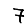
Digit: 7